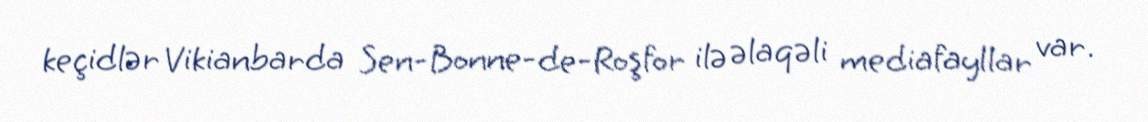
keçidlər Vikianbarda Sen-Bonne-de-Roşfor ilə əlaqəli mediafayllar var.